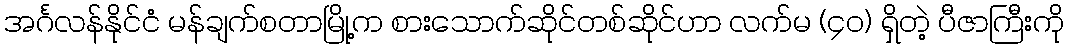
အင်္ဂလန်နိုင်ငံ မန်ချက်စတာမြို့က စားသောက်ဆိုင်တစ်ဆိုင်ဟာ လက်မ (၄၀) ရှိတဲ့ ပီဇာကြီးကို